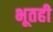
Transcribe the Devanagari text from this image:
भूतही